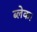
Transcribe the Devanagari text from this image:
ब्लेक।